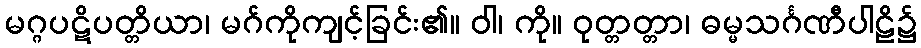
မဂ္ဂပဋိပတ္တိယာ၊ မဂ်ကိုကျင့်ခြင်း၏။ ဝါ၊ ကို။ ဝုတ္တတ္တာ၊ ဓမ္မသင်္ဂဏီပါဠိ၌